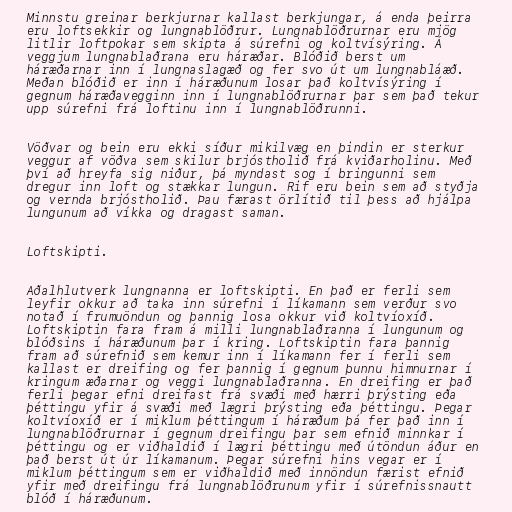
Minnstu greinar berkjurnar kallast berkjungar, á enda þeirra
eru loftsekkir og lungnablöðrur. Lungnablöðrurnar eru mjög
litlir loftpokar sem skipta á súrefni og koltvísýring. Á
veggjum lungnablaðrana eru háræðar. Blóðið berst um
háræðarnar inn í lungnaslagæð og fer svo út um lungnabláæð.
Meðan blóðið er inn í háræðunum losar það koltvísýring í
gegnum háræðavegginn inn í lungnablöðrurnar þar sem það tekur
upp súrefni frá loftinu inn í lungnablöðrunni.

Vöðvar og bein eru ekki síður mikilvæg en þindin er sterkur
veggur af vöðva sem skilur brjóstholið frá kviðarholinu. Með
því að hreyfa sig niður, þá myndast sog í bringunni sem
dregur inn loft og stækkar lungun. Rif eru bein sem að styðja
og vernda brjóstholið. Þau færast örlítið til þess að hjálpa
lungunum að víkka og dragast saman.

Loftskipti.

Aðalhlutverk lungnanna er loftskipti. En það er ferli sem
leyfir okkur að taka inn súrefni í líkamann sem verður svo
notað í frumuöndun og þannig losa okkur við koltvíoxíð.
Loftskiptin fara fram á milli lungnablaðranna í lungunum og
blóðsins í háræðunum þar í kring. Loftskiptin fara þannig
fram að súrefnið sem kemur inn í líkamann fer í ferli sem
kallast er dreifing og fer þannig í gegnum þunnu himnurnar í
kringum æðarnar og veggi lungnablaðranna. En dreifing er það
ferli þegar efni dreifast frá svæði með hærri þrýsting eða
þéttingu yfir á svæði með lægri þrýsting eða þéttingu. Þegar
koltvíoxíð er í miklum þéttingum í háræðum þá fer það inn í
lungnablöðrurnar í gegnum dreifingu þar sem efnið minnkar í
þéttingu og er viðhaldið í lægri þéttingu með útöndun áður en
það berst út úr líkamanum. Þegar súrefni hins vegar er í
miklum þéttingum sem er viðhaldið með innöndun færist efnið
yfir með dreifingu frá lungnablöðrunum yfir í súrefnissnautt
blóð í háræðunum.